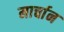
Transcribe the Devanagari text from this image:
मार्चान